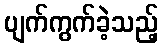
ပျက်ကွက်ခဲ့သည့်